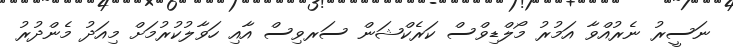
ނަސީރު ނެރުއްވާ އަމުރު މޯލްޑިވްސް ކަރެކްޝަން ސަރވިސް އާއި ހަވާލުކުރުމަށް މިއަދު މެންދުރު